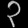
Digit: ၃